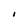
Character: I